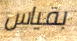
بقياس